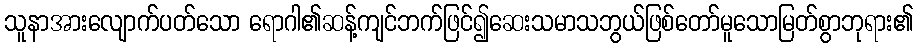
သူနာအားလျောက်ပတ်သော ရောဂါ၏ဆန့်ကျင်ဘက်ဖြင်၍ဆေးသမာသဘွယ်ဖြစ်တော်မူသောမြတ်စွာဘုရား၏